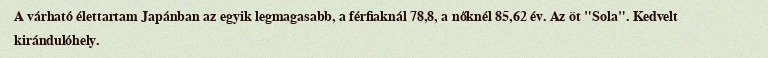
A várható élettartam Japánban az egyik legmagasabb, a férfiaknál 78,8, a nőknél 85,62 év. Az öt "Sola". Kedvelt kirándulóhely.